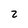
Character: 2